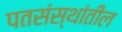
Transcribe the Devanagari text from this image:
पतसंस्थांतील